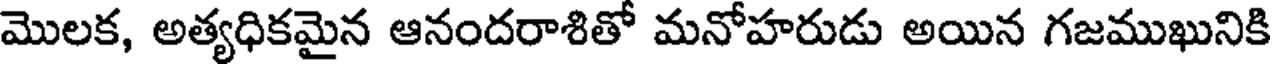
మొలక, అత్యధికమైన ఆనందరాశితో మనోహరుడు అయిన గజముఖునికి